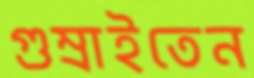
গুম্‌রাইতেন